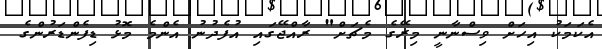
އެކަމަކު އިހަށް ވިސްނާނީ މިރޭގެ މެޗަށް" ރާއްޖޭގައި އުފެދުނު އެންމެ މޮޅު ޑިފެންޑަރުންގެ